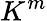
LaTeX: K^{m}